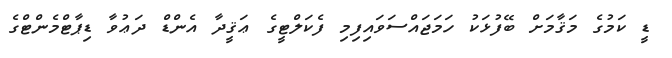
ޑީ ކަމުގެ މަޤާމަށް ބޭފުޅަކު ހަމަޖައްސަވައިފިމި ފެކަލްޓީގެ ޢަޤީދާ އެންޑް ދަޢުވާ ޑިޕާޓްމެންޓްގެ